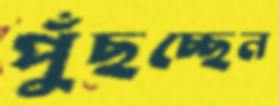
পুঁছচ্ছেন